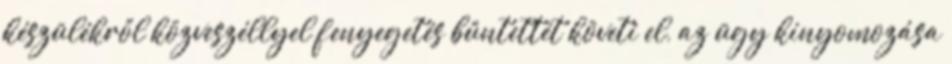
készülékről közveszéllyel fenyegetés bűntettét követi el, az ügy kinyomozása